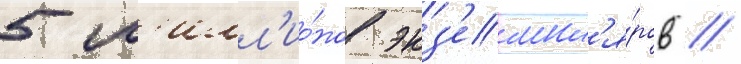
5 м'илл'ио́нов экз'емпл'я́ров //